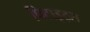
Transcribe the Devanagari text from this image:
पिटाइट्स